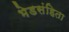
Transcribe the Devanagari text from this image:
भेडसंहिता